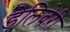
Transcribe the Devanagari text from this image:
डेलिवेरी